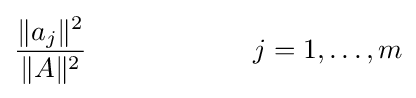
{\frac {\|a_{j}\|^{2}}{\|A\|^{2}}}\qquad \qquad \qquad j=1,\ldots ,m